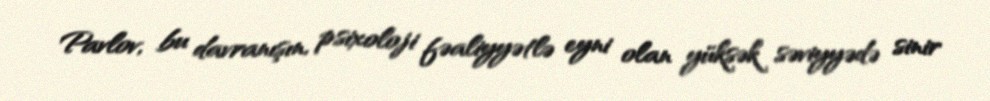
Pavlov, bu davranışın, psixoloji fəaliyyətlə eyni olan yüksək səviyyədə sinir